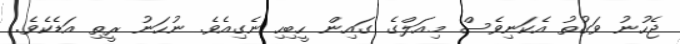
ޖެހުނު ވަގުތު އެކަނިވެސް މިއަލްގެ ގައިން ހީބިހި ނެގިއެވެ. ނުހަނު ރީތި އަޑެކެވެ.